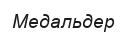
Медальдер